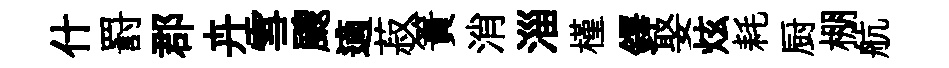
什罸郡卉雪颼適菽簀消淄槿鐸娶炫耗厨棚航